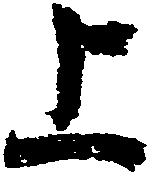
上